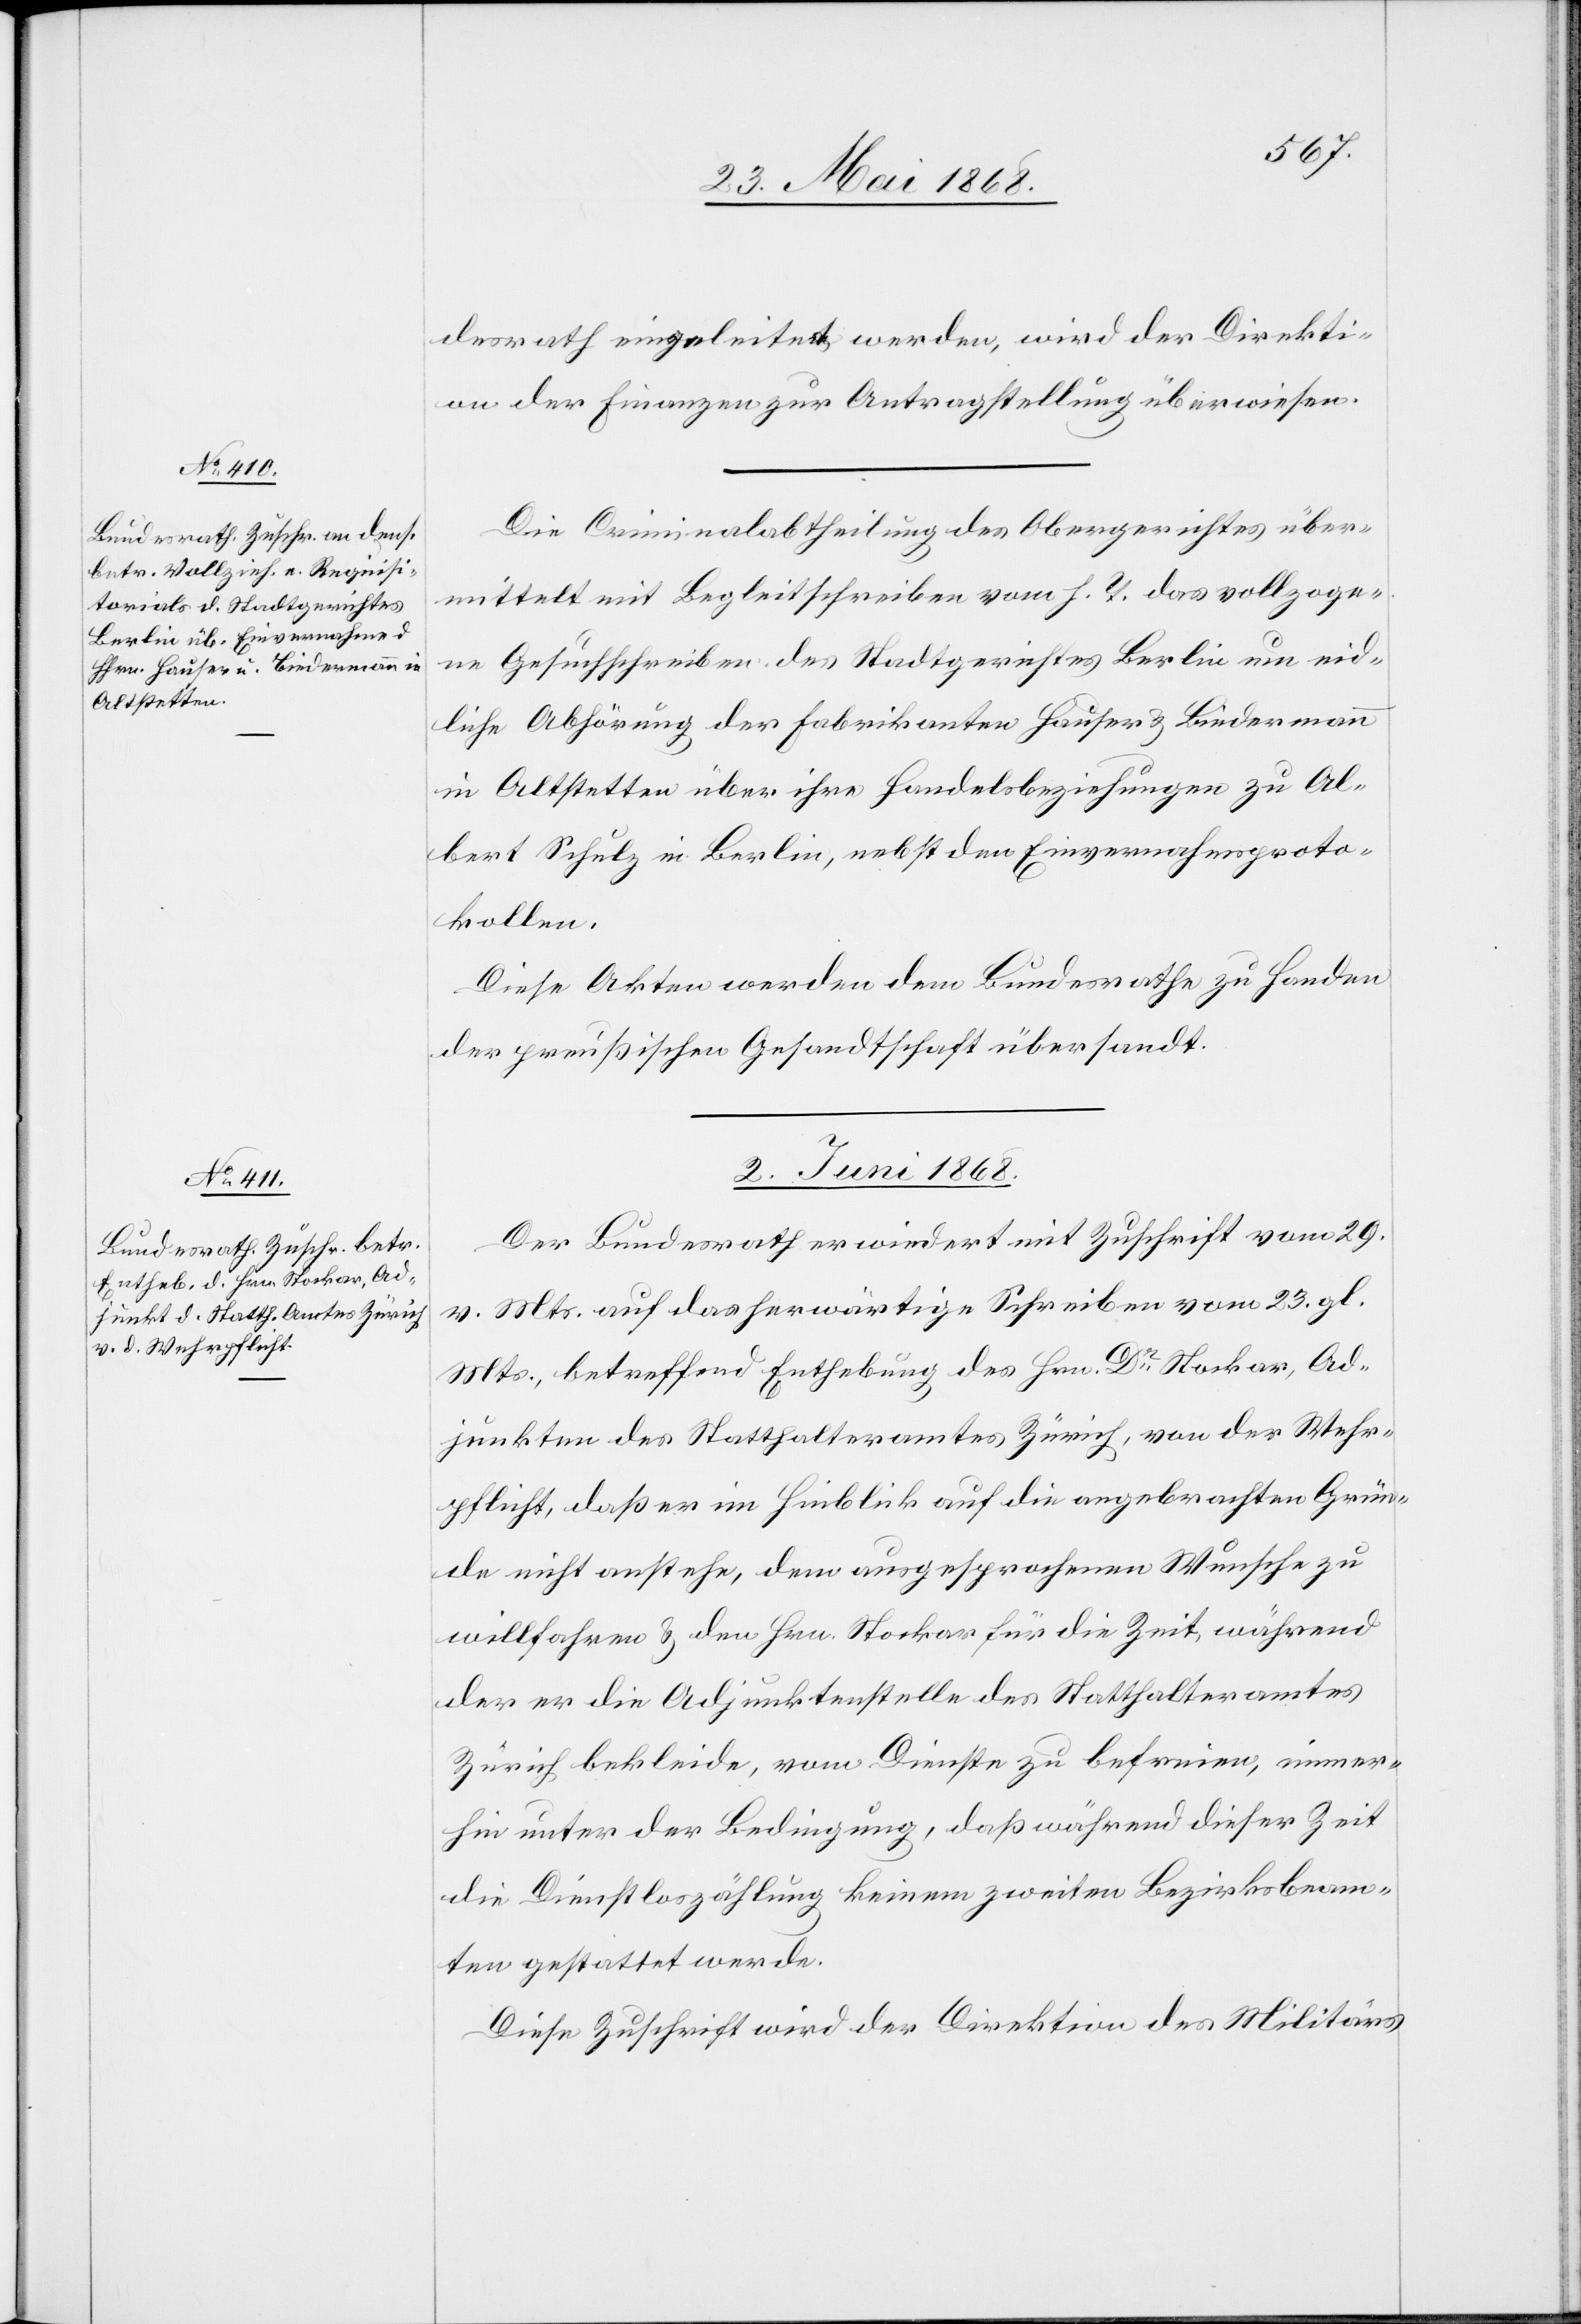
30. Mai 1868.]
desrath eingeleitet werden, wird der Direkti¬
on der Finanzen zur Antragstellung überwiesen.
Die Criminalabtheilung des Obergerichtes über¬
mittelt mit Begleitschreiben vom h. T. das vollzoge¬
ne Gesuchschreiben des Stadtgerichtes Berlin um eid¬
liche Abhörung der Fabrikanten Hauser & Biedermann
in Altstetten über ihre Handelsbeziehungen zu Al¬
bert Schulz in Berlin, nebst den Einvernahmsproto¬
kollen.
Diese Akten werden dem Bundesrathe zu Handen
der preußischen Gesandtschaft übersandt.
2. Juni 1868.
Der Bundesrath erwiedert mit Zuschrift vom 29.
v. Mts. auf das herwärtige Schreiben vom 23. gl.
Mts., betreffend Enthebung des Hrn. Dr Stockar, Ad¬
junkten des Statthalteramtes Zürich, von der Wehr¬
pflicht, daß er im Hinblick auf die angebrachten Grün¬
de nicht anstehe, dem ausgesprochenen Wunsche zu
willfahren & den Hrn. Stockar für die Zeit, während
der er die Adjunktenstelle des Statthalteramtes
Zürich bekleide, vom Dienste zu befreien, immer¬
hin unter der Bedingung, daß während dieser Zeit
die Dienstloszählung keinem zweiten Bezirksbeam¬
ten gestattet werde.
Diese Zuschrift wird der Direktion des Militärs